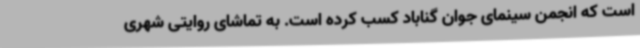
است که انجمن سینمای جوان گناباد کسب کرده است. به تماشای روایتی شهری